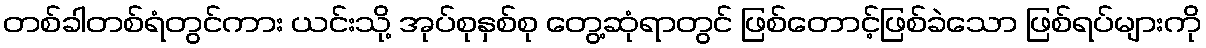
တစ်ခါတစ်ရံတွင်ကား ယင်းသို့ အုပ်စုနှစ်စု တွေ့ဆုံရာတွင် ဖြစ်တောင့်ဖြစ်ခဲသော ဖြစ်ရပ်များကို